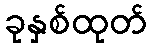
ခုနှစ်ထုတ်